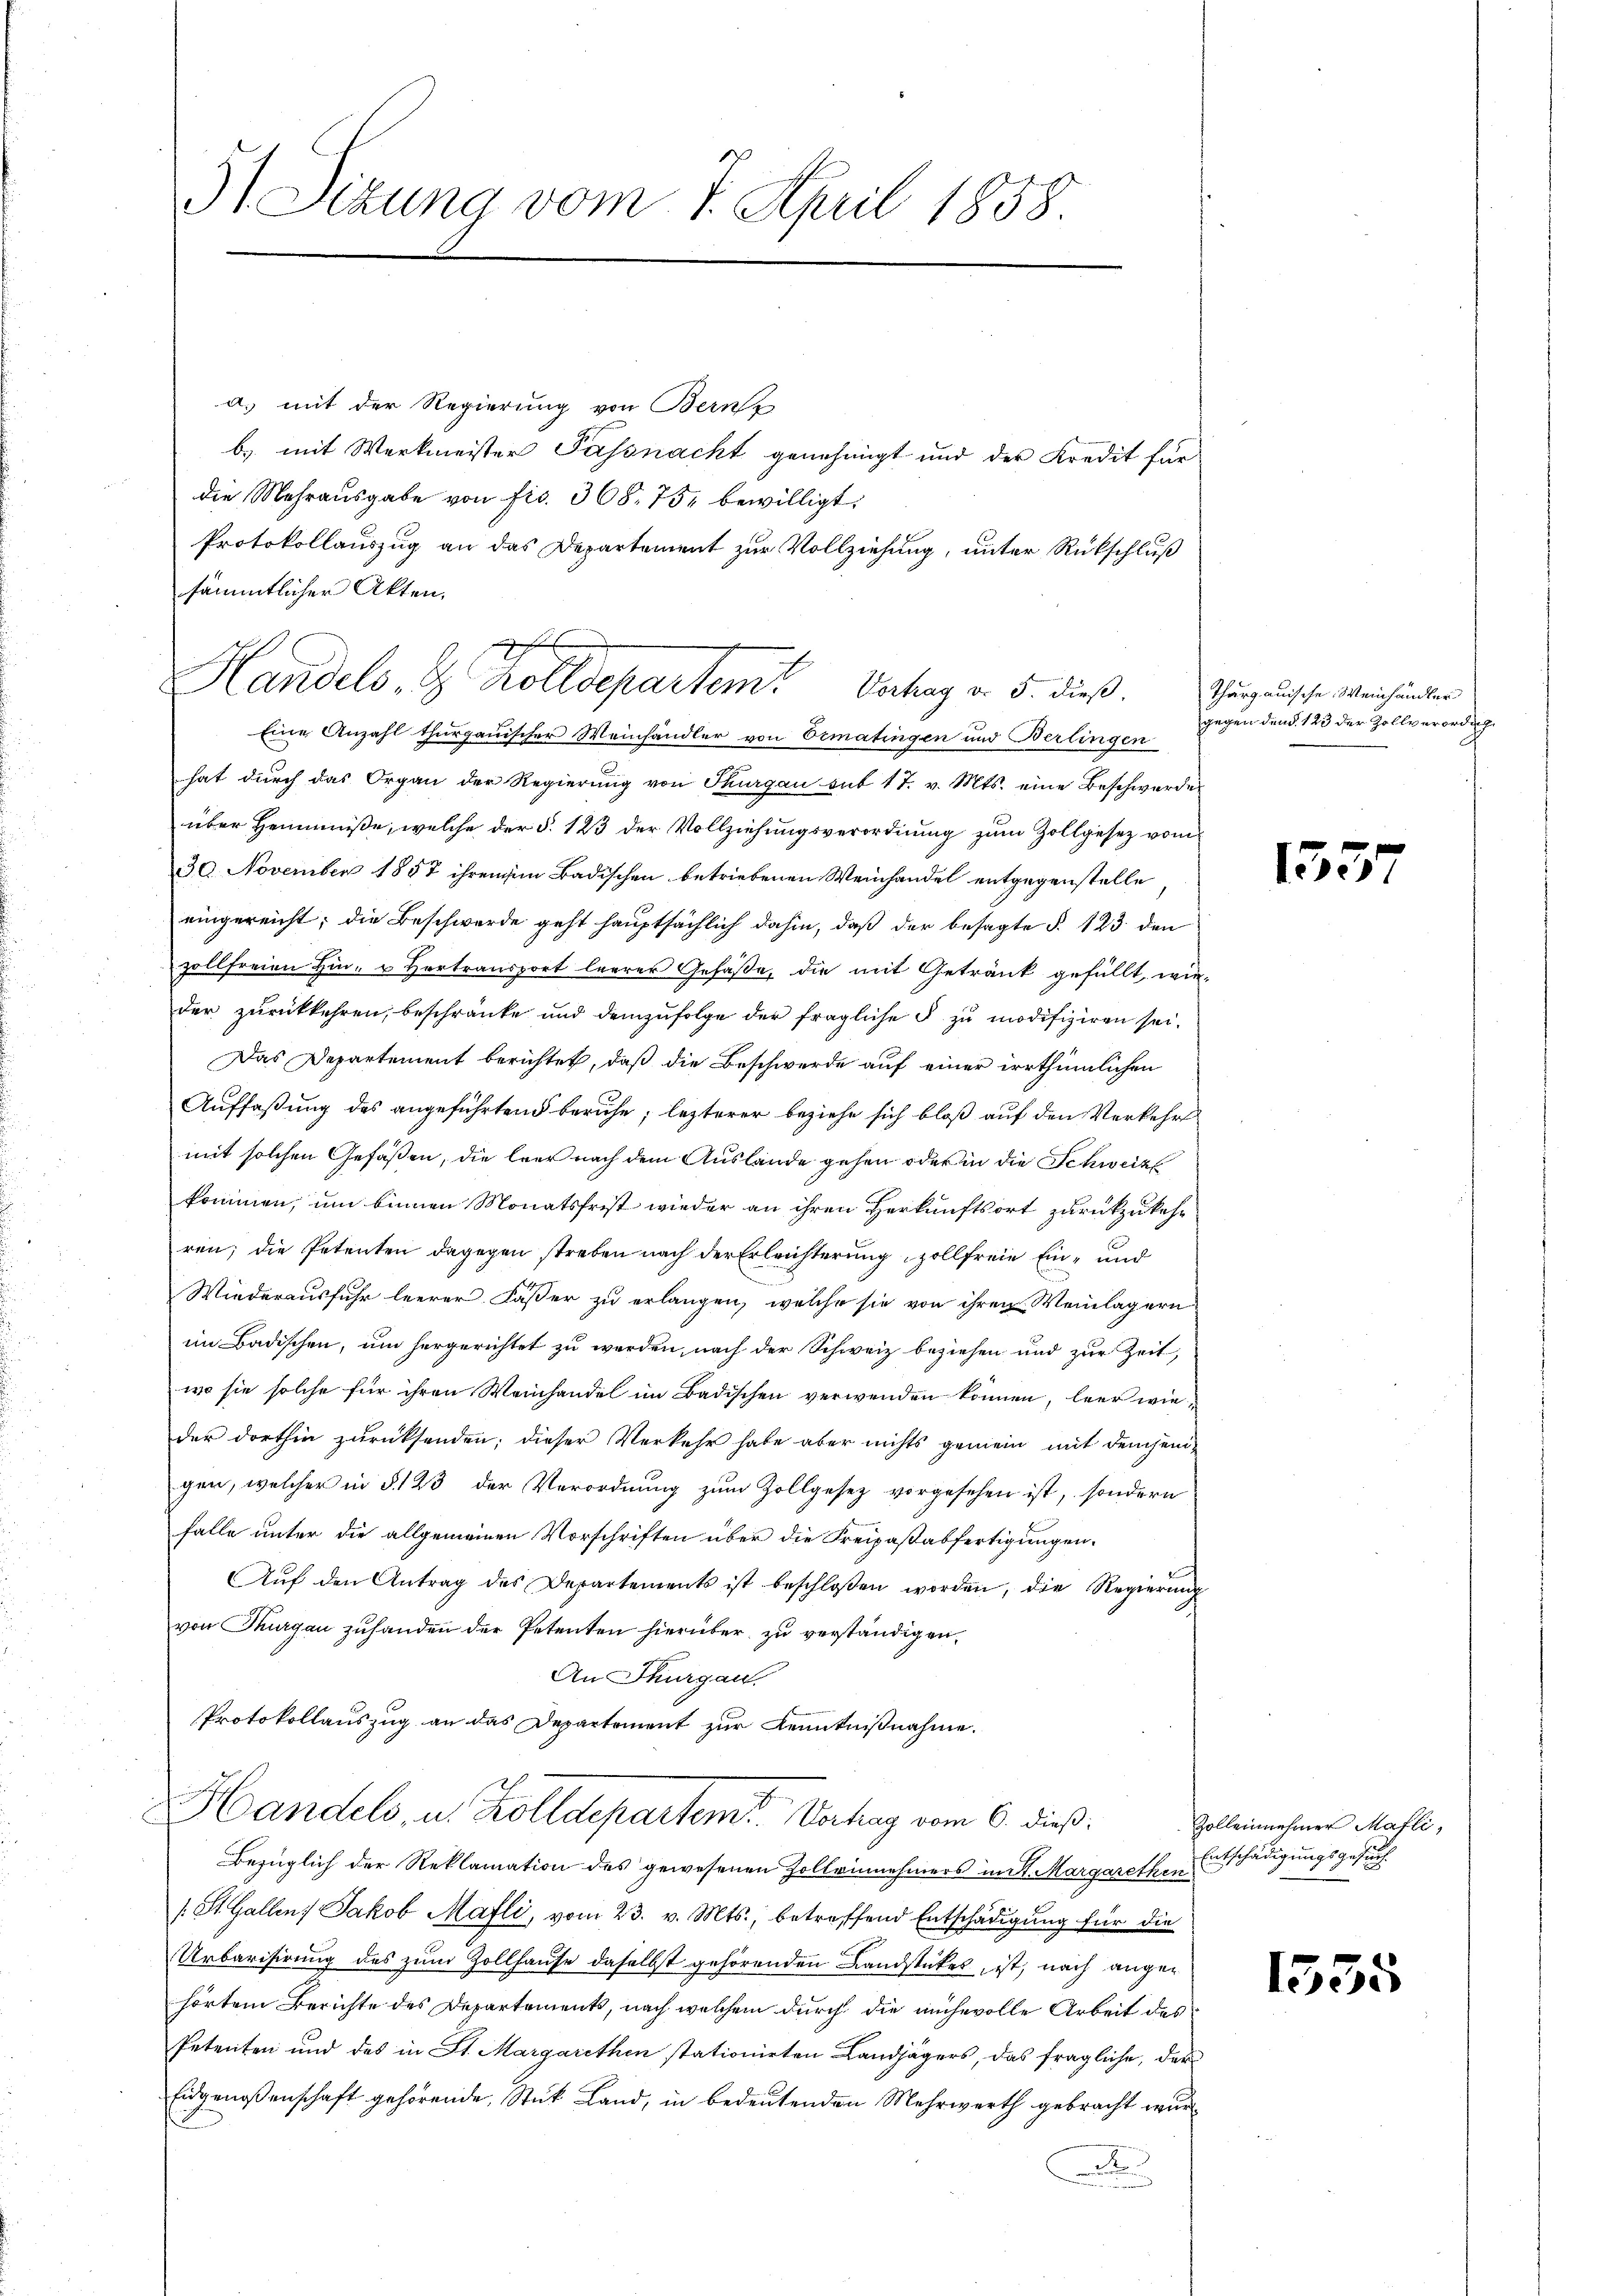
51 Sizung vom 7. April 1858.

a) mit der Regierung von Bern
b) mit Werkmeister Passnacht genehmigt und der Kredit für
die Mehrausgabe von frs. 368. 751 bewilligt:
Protokollauszug an das Departement zur Vollziehung, unter Rückschluß
sämmtlicher Akten.
Eine Anzahl thurgauischer Weinhändler von Ermatingen und Berlingen
hat durch das Organ der Regierung von Thurgau sub 17. v. Mts. eine Beschwerde
über Heimmüße, welche der §. 123 der Vollziehungsverordnung zum Zollgesez vom
30. November 1857 ihrem im Badischen betriebenen Weinhandel entgegenstelle
eingereicht; die Beschwerde geht hauptsächlich dahin, daß der besagte §. 123 den
zollfreien Hin- u Vertransport leerer Gefäße, die mit Getränk gefüllt, wieder zurückkehren, beschränke und demzufolge der fragliche § zu modifiziren sei.
Das Departement berichtet, daß die Beschwerde auf einer irrthümlichen
Auffaßung des angeführten beruhe; lezterer beziehe sich bloß auf den Verkehr
mit solchen Gefaßen, die leer nach dem Auslände gehen oder in die Schweize
kommen, um binnen Monatsfrist wieder an ihren Herkunftsort zurückzukehr
ren; die Petenten dagegen streben nach der Erleichterung zollfreie Ein- und
Wiederausfuhr leerer Fasser zu erlangen, welche sie von ihren Weinlagern
im Badischen, um hergerichtet zu werden, nach der Schweiz beziehen und zur Zeit,
wo sie solche für ihren Weinhandel im Badischen verwenden können, leer wieder dorthin zurücksenden; dieser Verkehr habe aber nichts gemein mit demjenigen, welcher in § 123 der Verordnung zum Zollgesez vorgesehen ist, sondern
falle unter die allgemeinen Vorschriften über die Freipaßabfertigungen.
Aŭf den Antrag des Departements ist beschlossen worden, die Regierŭng
von Thurgau zuhanden der Petenten hierüber zu verständigen.
An Thurgau.
Protokollauszug an das Departement zur Kenntnißnahme.
Handels, u. Zolldepartem Verhag vom 6. dieß.
Bezüglich der Reklamation des gewesenen Zolleinnehmers mit Margarethen Entschädigungsgesuch
/. St. Gallen, Jakob Mafli, vom 23. v. Mts., betreffend Entschädigung für die
Urbarisirung des zum Zollhause daselbst gehörenden Landstükes, ist, nach angehörtem Berichte des Departements, nach welchem durch die mühevolle Arbeit des
Petenten und des in St. Margarethen stationirten Landjägers, das fragliche, der
Eidgenossenschaft gehörende Stück Land, in bedeutenden Mehrwerth gebracht wurt
.

f
Handels- & Zolldepartem Vertrag d. 5. dieß.

Thurgauische Weinhändler
gegen den §. 123 der Zollverordng.

135

17

Zolleinehmer Mafli,

1535